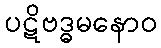
ပဋိဗဒ္ဓမနောဝ